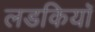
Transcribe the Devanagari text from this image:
लडकियॉ